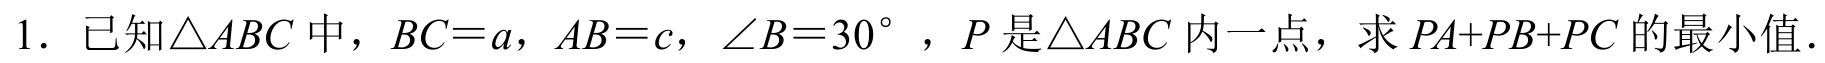
1. 已知\(\triangle ABC\)中，\(BC = a\)，\(AB = c\)，\(\angle B = 30^{\circ}\)，\(P\)是\(\triangle ABC\)内一点，求\(PA + PB + PC\)的最小值.